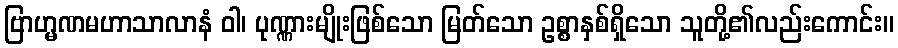
ဗြာဟ္မဏမဟာသာလာနံ ဝါ၊ ပုဏ္ဏားမျိုးဖြစ်သော မြတ်သော ဥစ္စာနှစ်ရှိသော သူတို့၏လည်းကောင်း။